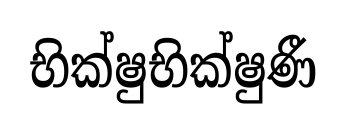
භික්ෂුභික්ෂුණී